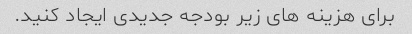
برای هزینه های زیر بودجه جدیدی ایجاد کنید.